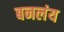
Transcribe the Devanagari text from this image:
बनलंय